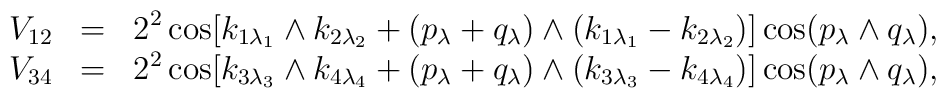
\begin{array}{rcl}V_{12}&=&\displaystyle 2^2\cos[k_{1\lambda_1}\wedge k_{2\lambda_2}+(p_{\lambda}+q_{\lambda})\wedge(k_{1\lambda_1}-k_{2\lambda_2})]\cos(p_{\lambda}\wedge q_{\lambda}), \\V_{34}&=&\displaystyle 2^2\cos[k_{3\lambda_3}\wedge k_{4\lambda_4}+(p_{\lambda}+q_{\lambda})\wedge(k_{3\lambda_3}-k_{4\lambda_4})]\cos(p_{\lambda}\wedge q_{\lambda}), \end{array}